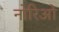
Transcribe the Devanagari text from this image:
नोरिओ